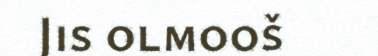
Jis olmooš